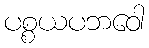
ပစ္စယပဘဝေါ